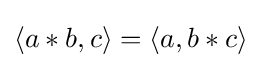
\langle a*b,c\rangle =\langle a,b*c\rangle